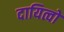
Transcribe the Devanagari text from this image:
दायित्वो